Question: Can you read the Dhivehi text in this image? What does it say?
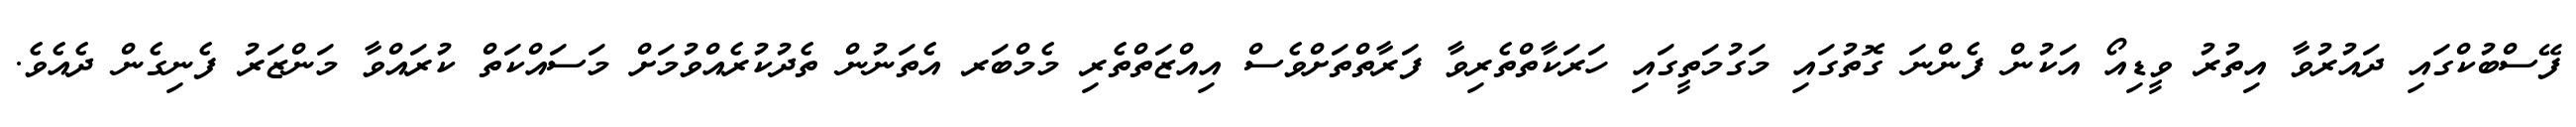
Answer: ފޭސްބުކްގައި ދައުރުވާ އިތުރު ވީޑިއޯ އަކުން ފެންނަ ގޮތުގައި މަގުމަތީގައި ހަރަކާތްތެރިވާ ފަރާތްތަށްވެސް އިއްޒަތްތެރި މެމްބަރ އެތަނުން ތެދުކުރެއްވުމަށް މަސައްކަތް ކުރައްވާ މަންޒަރު ފެނިގެން ދެއެވެ.